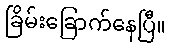
ခြိမ်းခြောက်နေပြီ။